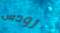
رودس